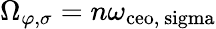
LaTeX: \Omega_{\varphi,\sigma}=n\omega_{\mathrm{ceo,\ sigma}}